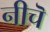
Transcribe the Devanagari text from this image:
नीचॆ